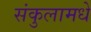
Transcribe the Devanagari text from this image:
संकुलामधे